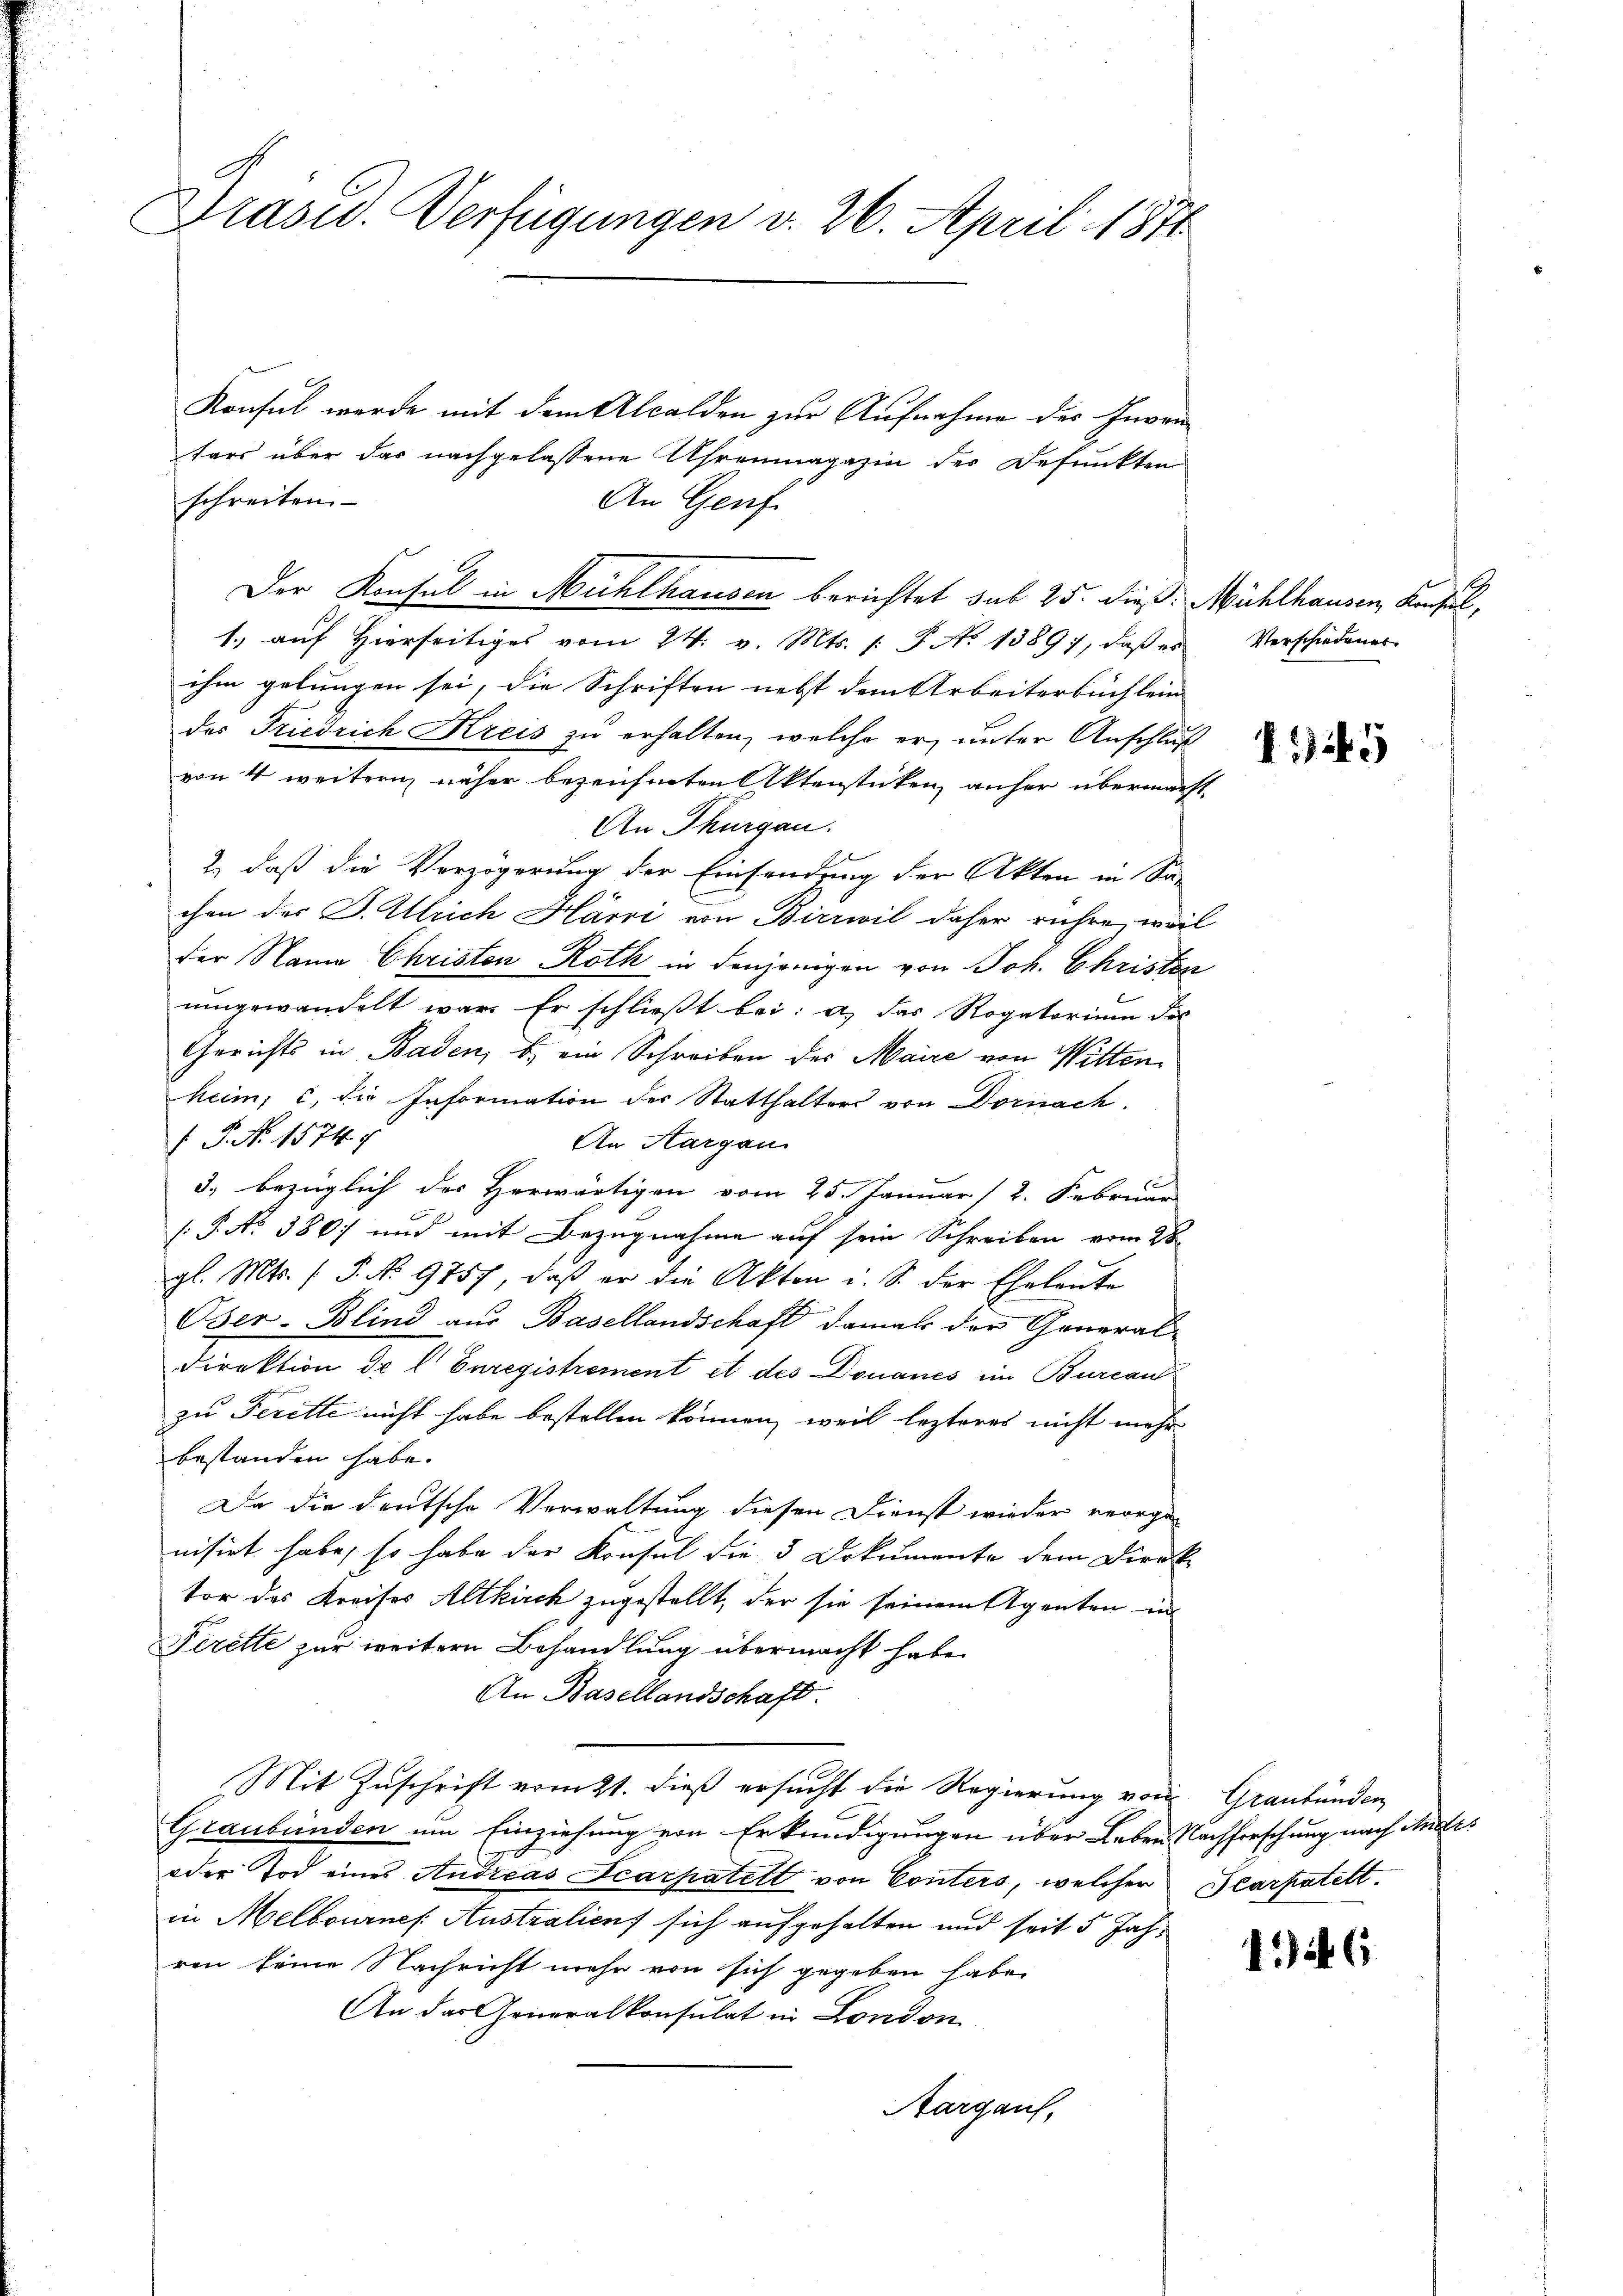
Prasus. Verfügungen v. 26. April 1871

Konsul werde mit dem Alcalden zur Aufnahme des Inventars über das nachgelassene Uhrenmagazin der Defunkten
schreiten.
An Genf
1. aŭf hierseitiges vom 24. v. Mts. /: P. No 1389), daβ es Verschiedenes
ihm gelungen sei, die Schriften nebst dem Arbeiterbüchlein
des Friedrich Kreis zu erhalten, welche er unter Anschluß
von 4 weitern näher bezeichneten Aktenstücken, anher übermacht,
An Thurgau.
2) daß die Vorzögerung der Einsendung der Akten in San
chen der J. Ulrich Härri von Birrwil daher rühre, weil
der Name Christen Roth in denjenigen von Joh. Christen
umgewandelt war. Er schließt bei: a) das Rogatorium die
Gerichts in Baden, b. ein Schreiben des Maire von Witten
heim, c, die Information der Statthalters von Dornach.
 P. Nr. 1574. 7
An Aargau
3. bezüglich der Herwärtigen vom 25. Januar (2. Februar
/: P. No 380; und mit Bezugnahme auf sein Schreiben vom 28.
gl. Mts. (T. No 9757, daβ er die Akten i. S. der Eheleute
Oser-Blind aus Basellandschaft damals der General¬
Direktion dr l. Enregistrement et des Donaues im Burcan
zu Feritte nicht habe bestellen können, weil lezteres nicht mehr
bestanden habe.
Da die deutsche Verwaltung diesen Dienst wieder vorgen
nisirt habe, so habe der Konsul die 3 Dokumente dem Direk-
tor des Kreises Altkirch zugestellt, der sie seinem Agenten in
Perette zur weitern Behandlung übermacht habe.
An Basellandschaft.
Mit Zuschrift vom 21. dieß ersucht die Regierung von Graubünden
Graubünden um Einziehung von Erkundigungen über Leben Nachforschung nach Ande¬
oder Tod eines Andreas Scarpatett von Conters, welcher Plaratett
in Melbournes Australien sich aufgehalten und seit 5 Jahren keine Nachricht mehr von sich gegeben habe.
An das Generalkonsulat in London
Aargaus,

Der Konsul in Mühlhausen berichtet sub 25. dieß: Mühlhausen, Konsul,

1.45

146